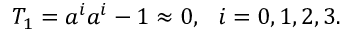
T _ { 1 } = a ^ { i } a ^ { i } - 1 \approx 0 , \, \, \, \, i = 0 , 1 , 2 , 3 .